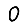
Digit: 0